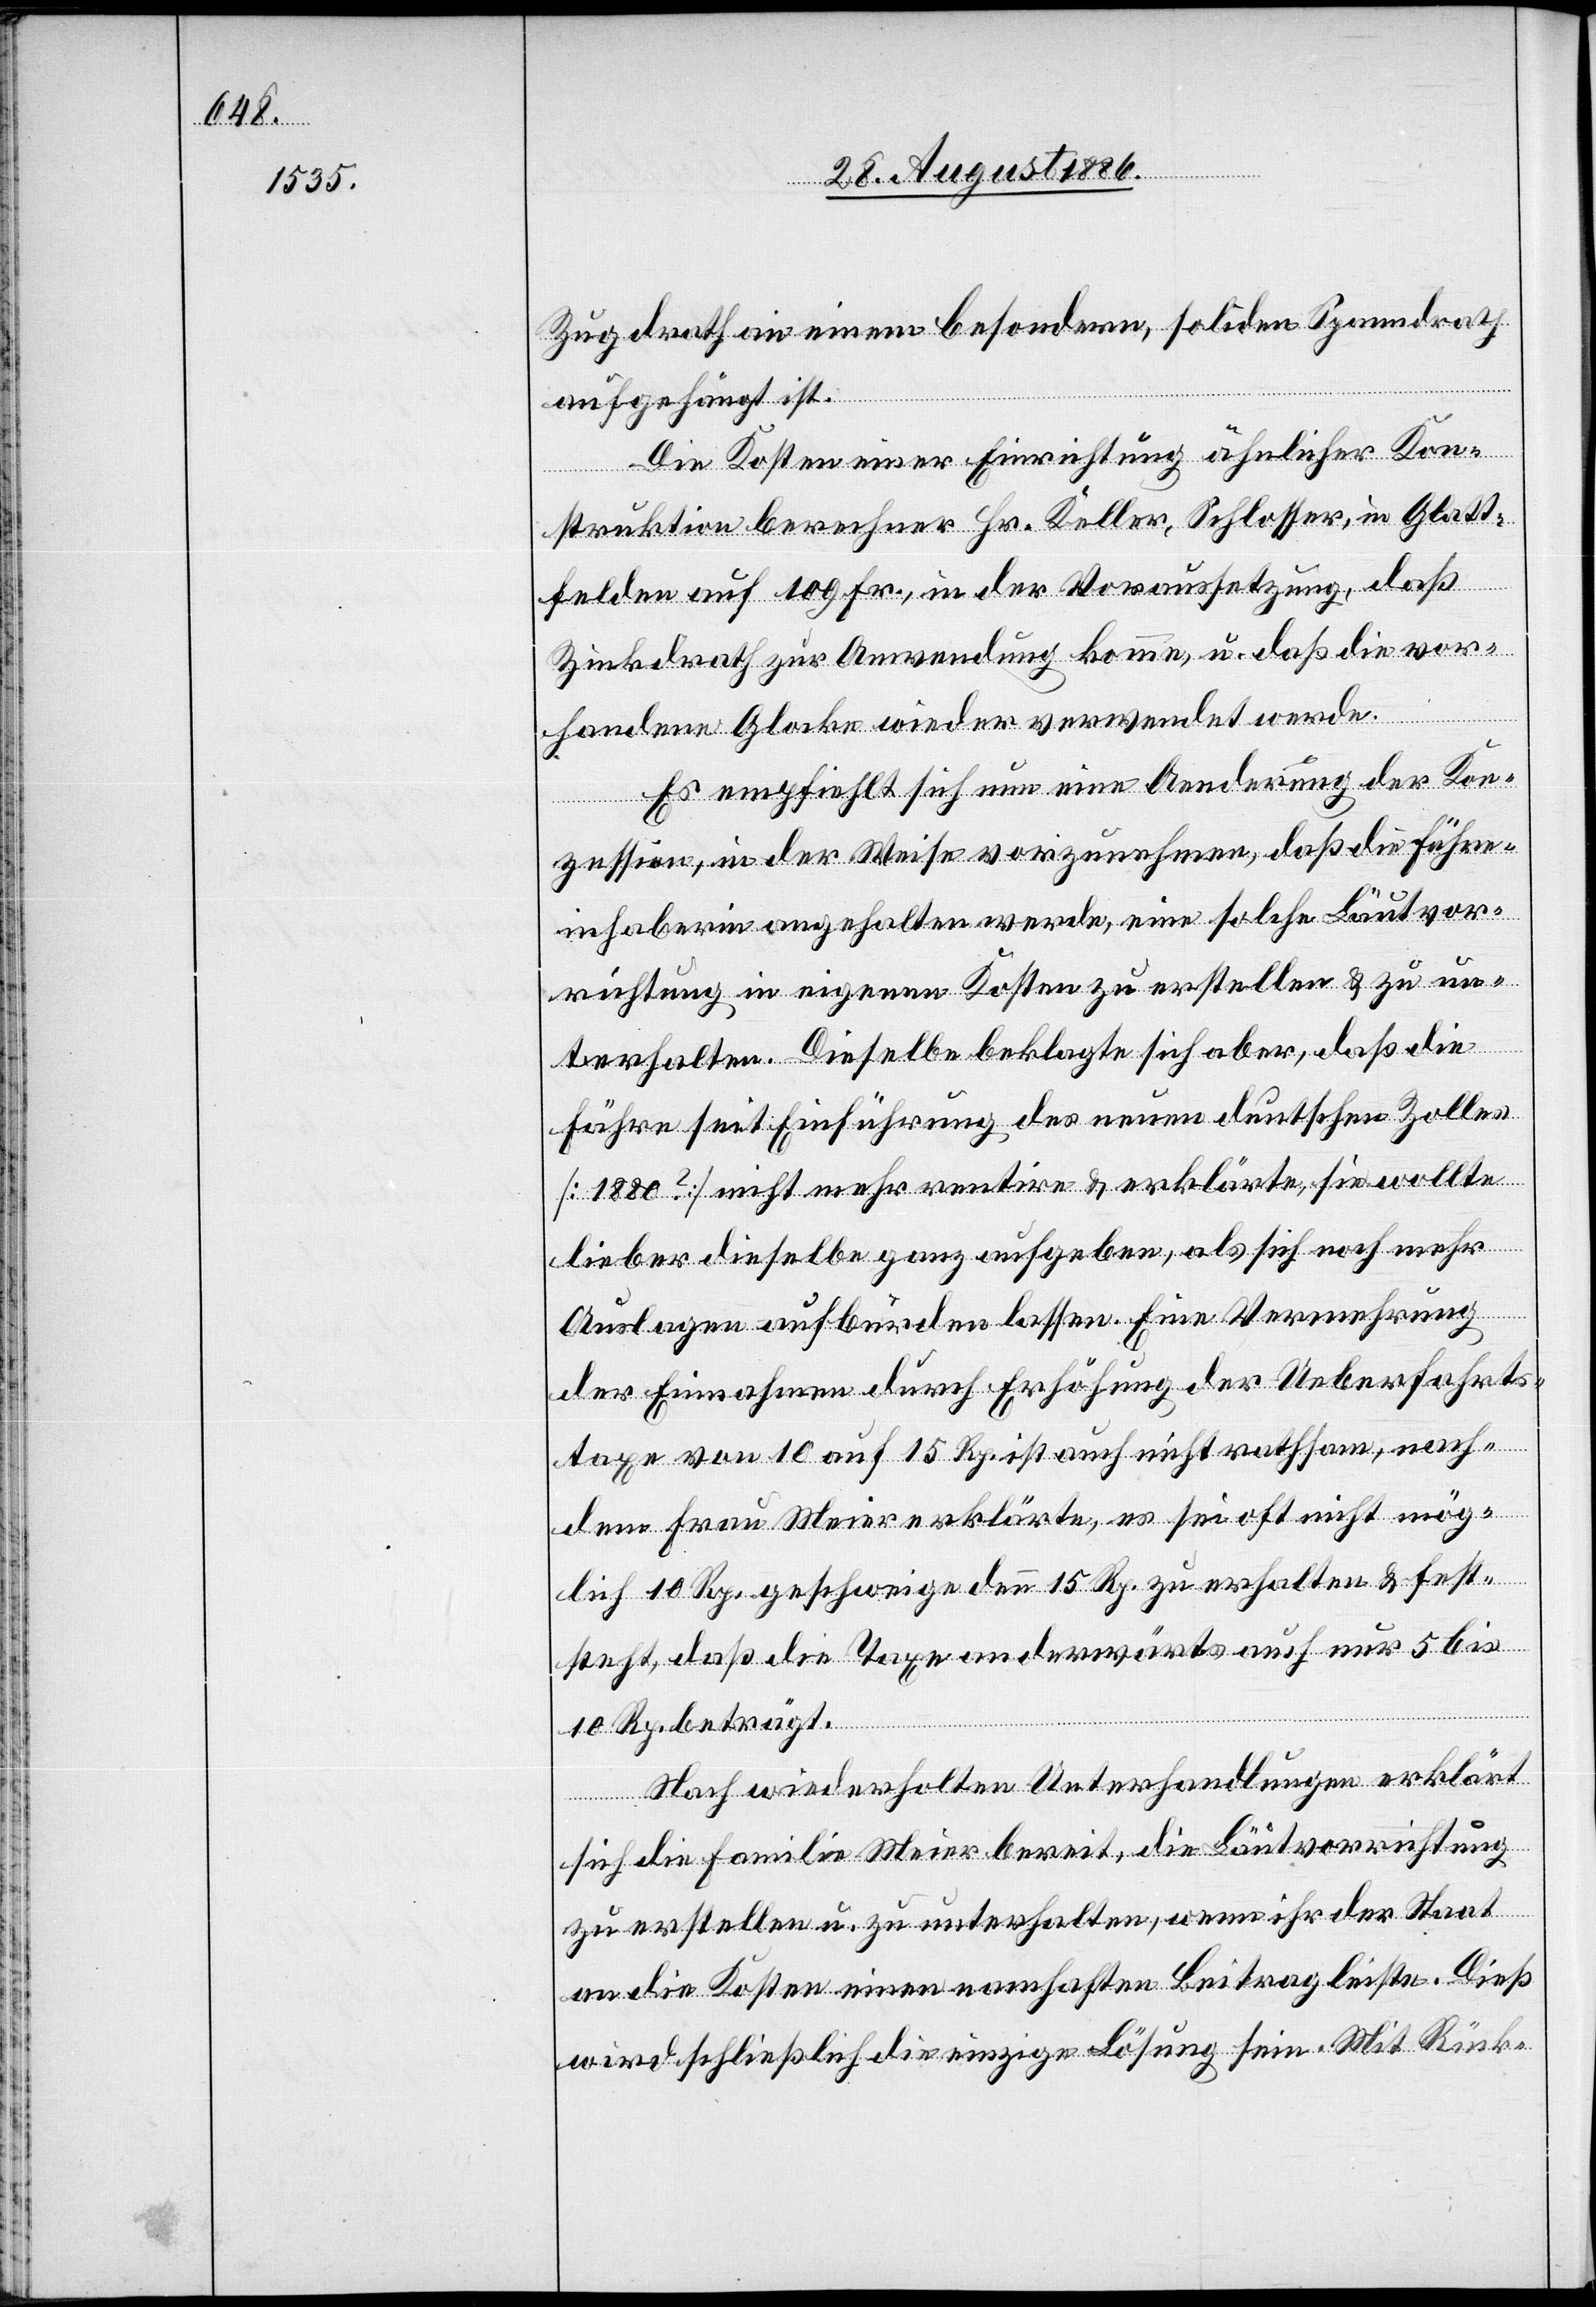
Zugdrath in einem besondern, soliden Spanndrath
aufgehängt ist.
Die Kosten einer Einrichtung ähnlicher Kon¬
struktion berechnet Hr. Keller, Schlosser in Glatt¬
felden auf 109 Fr., in der Voraussetzung, daß
Zinkdrath zur Anwendung komme, u. daß die vor¬
handene Glocke wieder verwendet werde.
Es empfiehlt sich nun eine Aenderung der Kon¬
zession, in der Weise vorzunehmen, daß die Fähre¬
inhaberin angehalten werde, eine solche Läutvor¬
richtung in eigenen Kosten zu erstellen & zu un¬
terhalten. Dieselbe beklagt sich aber, daß die
Fähre seit Einführung des neuen deutschen Zolles
[1880?] nicht mehr rentire & erklärte, sie wollte
lieber dieselbe ganz aufgeben, als sich noch
Auslagen aufbürden zu lassen. Eine Vermehrung
der Einnahmen durch Erhöhung der Ueberfahrts¬
taxe von 10 auf 15 Rp. ist auch nicht rathsam, nach¬
dem Frau Meier erklärte, es sei oft nicht mög¬
lich 10 Rp. geschweige denn 15 Rp. zu erhalten & fest¬
steht, daß die Taxe anderwärts auch nur 5 bis
10 Rp. beträgt.
Nach wiederholten Unterhandlungen erklärt
sich die Familie Meier bereit, die Läutvorrichtung
zu erstellen u. zu unterhalten, wenn ihr der Staat
an die Kosten einen namhaften Beitrag leiste. Dieß
wird schließlich die einzige Lösung sein. Mit Rück-